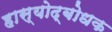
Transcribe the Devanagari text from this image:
हास्योद्बोधक